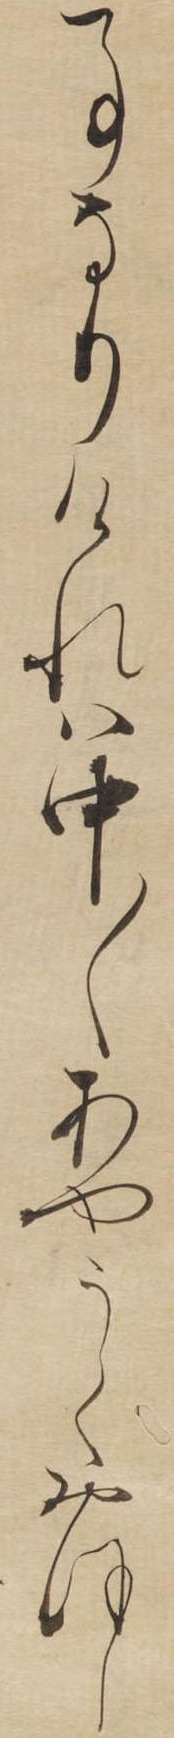
事なりけれは中〱あやうくおほし